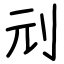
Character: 刓